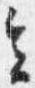
会